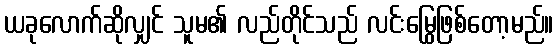
ယခုလောက်ဆိုလျှင် သူမ၏ လည်တိုင်သည် လင်းမြွေဖြစ်တော့မည်။